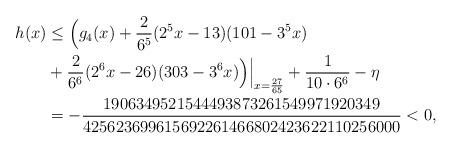
LaTeX: \begin{align*}h(x)&\le \Bigl(g_4(x)+\frac{2}{6^5} (2^5x-13)(101-3^5x)\\&+\frac{2}{6^6} (2^6x-26)(303-3^6x)\Bigr)\Bigr|_{x=\frac{27}{65}} + \frac1{10\cdot 6^6}- \eta\\&=-\frac{1906349521544493873261549971920349}{425623699615692261466802423622110256000}<0,\end{align*}